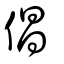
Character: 倡